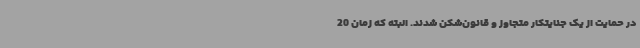
در حمایت از یک جنایتکار متجاوز و قانون‌شکن شدند. البته که زمان 20